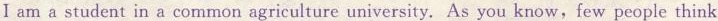
I am a student in a common agriculture university. As you know,few people think